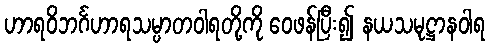
ဟာရဝိဘင်္ဂဟာရသမ္ပာတဝါရတို့ကို ဝေဖန်ပြီး၍ နယသမုဋ္ဌာနဝါရ